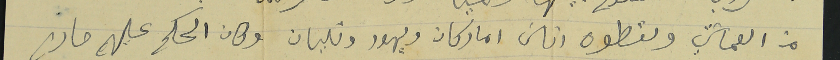
من العماشتي ولقطوه اناسَ اماركان ويهود وتليان وكان الحكم عليهم حاد